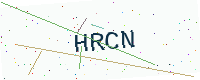
Text: HRCN